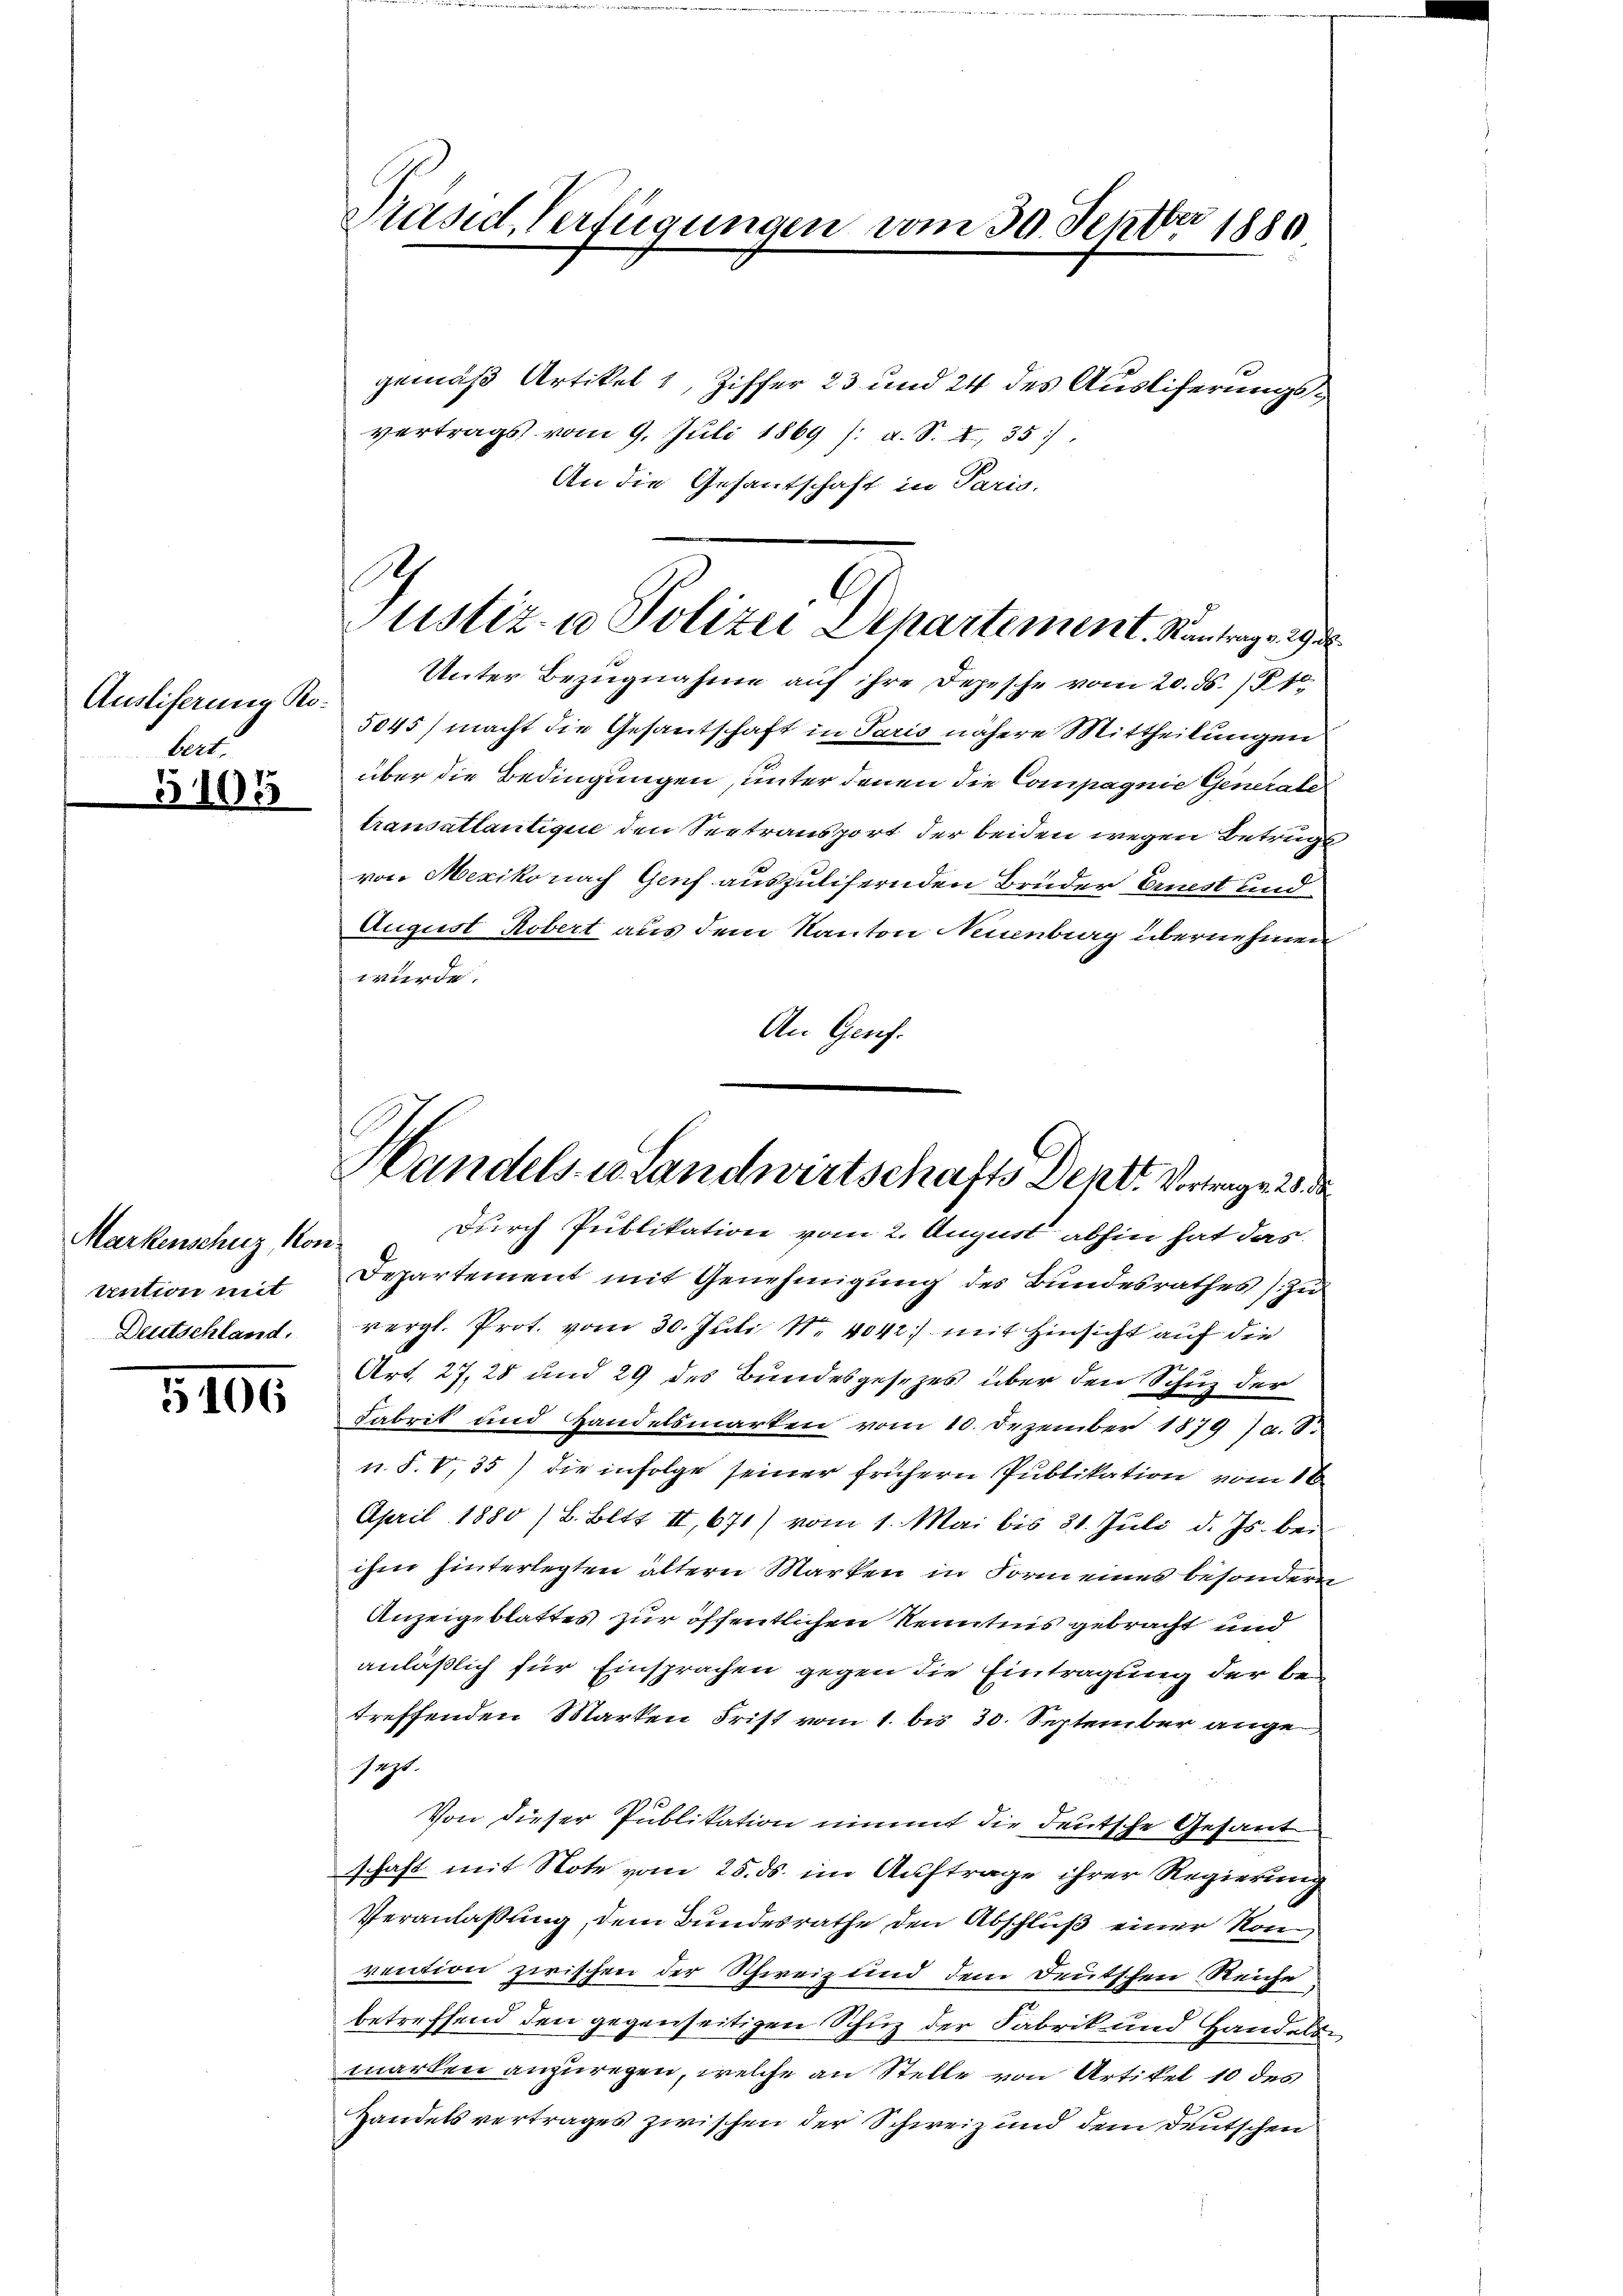
Ausliferung Robert.
5100

Markenschuz, von
Antion mit
Deutschland.

5106

Präsid, Verfügungen vom 30. Septbr 1880
gemäß Artikel 1, Ziffer 23 und 24 des Ausliferungsvertrags vom 9. Juli 1869 /: a. S. 4 35),

1
Justiz- u Polizei Departement. Kantragen

An die Gesantschaft in Paris,
Unter Bezugnahme auf ihre Depesche vom 20. ds. /1
5045) macht die Gesantschaft in Paris nähere Mittheilungen
über die Bedingungen, unter denen die Compagnie Generale
transattantique den Seetransport der beiden wegen Betrugs
von Mexiko nach Genf auszulisernden Bruder Ernst und
August Robert aus dem Kanton Neuenbrag übernehmen
würde.
An Genf.
Departement mit Genehmigung des Bundesrathes zu
vergl. Prot. vom 30. Juli 18. 4042.) mit Hinsicht auf die
Art. 27, 28 und 29 des Bundesgesezes über den Schuz der
Fabrit und Handelsmarken vom 10. Dezember 1879 Ja. 8.
u. S. V,35) die infolge seiner frühern Publikation vom 16.
April 1880 / B. Bett II, 671) vom 1. Mai bis 31. Juli d. Js. bei
ihm hinterlegten ältern Marken in Form eines besonder
Anzeigeblattes zur öffentlichen Kenntnis gebracht und
anläßlich für Einsprachen gegen die Eintragung der be
treffenden Marken Frist vom 1. bis 30. September ange
sagt.
Von dieser Publikation nimmt die deutsche Gesant
schaft mit Note vom 25. ds. im Auftrage ihrer Regierung
Veranlaßung, dem Bundesrathe den Abschluß einer Konvention zwischen der Schweiz und dem Deutschen Reiche
betreffend den gegenseitigen Schuz der Fabrik und Handels
marken anzuregen, welche an Stelle von Artikel 10 des
Handelsvertrages zwischen der Schweiz und dem Deutschen

Handels- u. Landwirtschafts Dept. Vortrage 10
Durch Publikation vom 2. August abhin hat das